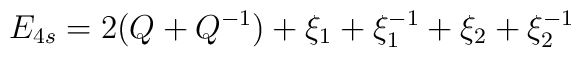
E_{4s}=2(Q+Q^{-1})+\xi _{1}+\xi _{1}^{-1}+\xi _{2}+\xi _{2}^{-1}